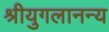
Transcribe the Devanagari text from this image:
श्रीयुगलानन्य